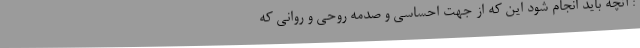
: آنچه باید انجام شود این که از جهت احساسی و صدمه روحی و روانی که